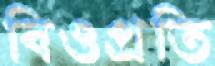
বিওপ্রতি